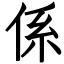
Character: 係